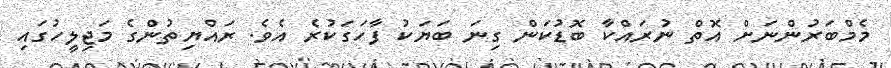
މެމްބަރުންނަށް އޮތް ނުރައްކާ ބޮޑުކަން ގިނަ ބަޔަކު ފާހަގަކުރެ އެވެ. ރައްޔިތުންގެ މަޖިލީހުގައި